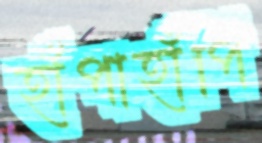
হাঁপাহাঁপি